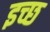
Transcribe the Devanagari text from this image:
इच्छ